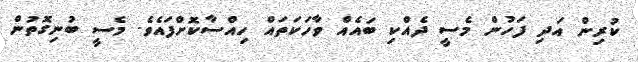
ކުރިން އަދި ފަހުން މެސީ ދެއްކި ބައެއް ވާހަކަތައް ހިއްސާކޮށްފައެވެ. މެސީ ބުނިގޮތުން